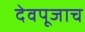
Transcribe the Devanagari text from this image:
देवपूजाच